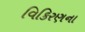
વિકિરણના